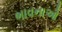
ભાવનાઓ